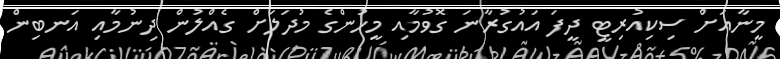
މީނާއަށް ސިކިއުރިޓީ ދީފަ އައުގުރާނަ ގޮވުމާއި މީހުންގެ މުދަލަށް ގެއްލުން ދިނުމާއި އަނބިން